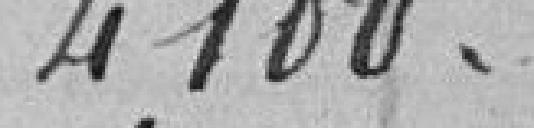
4100